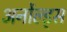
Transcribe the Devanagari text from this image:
अर्नोल्ड्स